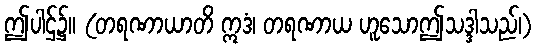
ဤပါဌ်၌။ (တရဏာယာတိ ဣဒံ၊ တရဏာယ ဟူသောဤသဒ္ဒါသည်၊)